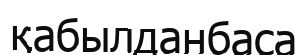
қабылданбаса